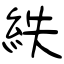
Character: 紩